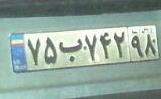
۷۵ب۷۴۲۹۸